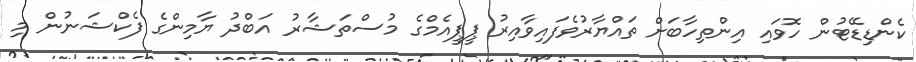
ކެންޑިޑޭޓުން ހޮވައި އިންތިހާބަށް ތައްޔާރުވެފައިވާއިރު ޕީޕީއެމްގެ މުސްތަޝާރު އަބްދު ޔާމިންގެ ފެކްޝަނުން މި